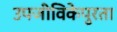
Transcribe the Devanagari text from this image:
उपजीविकेपुरता